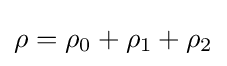
{\mathit {\rho }}={\mathit {\rho }}_{0}+{\mathit {\rho }}_{1}+{\mathit {\rho }}_{2}